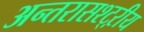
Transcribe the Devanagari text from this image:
अन्तरासश्ट्ऱीय